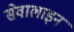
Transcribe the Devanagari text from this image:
सेवालाइन